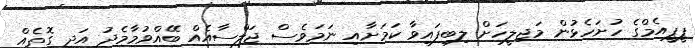
ޕީޕީއެމްގެ ހުށަހެޅުން މަޖިލީހަށް ލިބިފައިވާ ކަމަށާއި ނަމަވެސް ޖަލްސާއެއް ބޭއްވުމާމެދު އަދި ގޮތެއް